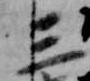
三